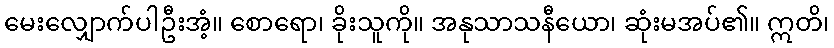
မေးလျှောက်ပါဦးအံ့။ စောရော၊ ခိုးသူကို။ အနုသာသနီယော၊ ဆုံးမအပ်၏။ ဣတိ၊